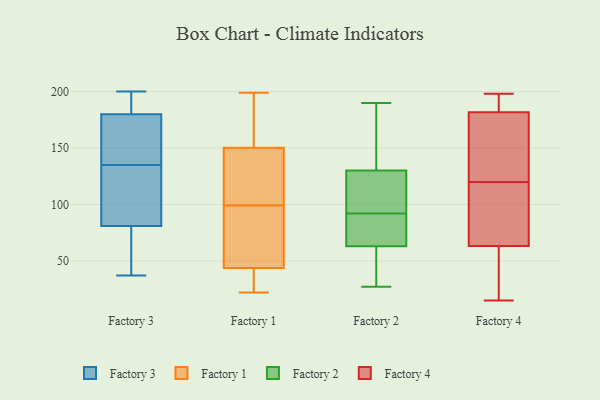
{"axis": {"x": "Tickets Resolved", "y": "Value"}, "legend": ["Factory 1", "Factory 2", "Factory 3", "Factory 4"], "data": [{"x": "", "y": 135, "type": "Factory 3"}, {"x": "", "y": 74, "type": "Factory 3"}, {"x": "", "y": 37, "type": "Factory 3"}, {"x": "", "y": 119, "type": "Factory 3"}, {"x": "", "y": 185, "type": "Factory 3"}, {"x": "", "y": 181, "type": "Factory 3"}, {"x": "", "y": 125, "type": "Factory 3"}, {"x": "", "y": 152, "type": "Factory 3"}, {"x": "", "y": 200, "type": "Factory 3"}, {"x": "", "y": 99, "type": "Factory 3"}, {"x": "", "y": 146, "type": "Factory 3"}, {"x": "", "y": 177, "type": "Factory 3"}, {"x": "", "y": 75, "type": "Factory 3"}, {"x": "", "y": 188, "type": "Factory 3"}, {"x": "", "y": 39, "type": "Factory 3"}, {"x": "", "y": 104, "type": "Factory 1"}, {"x": "", "y": 147, "type": "Factory 1"}, {"x": "", "y": 80, "type": "Factory 1"}, {"x": "", "y": 99, "type": "Factory 1"}, {"x": "", "y": 91, "type": "Factory 1"}, {"x": "", "y": 22, "type": "Factory 1"}, {"x": "", "y": 23, "type": "Factory 1"}, {"x": "", "y": 75, "type": "Factory 1"}, {"x": "", "y": 47, "type": "Factory 1"}, {"x": "", "y": 141, "type": "Factory 1"}, {"x": "", "y": 184, "type": "Factory 1"}, {"x": "", "y": 124, "type": "Factory 1"}, {"x": "", "y": 160, "type": "Factory 1"}, {"x": "", "y": 186, "type": "Factory 1"}, {"x": "", "y": 34, "type": "Factory 1"}, {"x": "", "y": 199, "type": "Factory 1"}, {"x": "", "y": 26, "type": "Factory 1"}, {"x": "", "y": 48, "type": "Factory 2"}, {"x": "", "y": 90, "type": "Factory 2"}, {"x": "", "y": 27, "type": "Factory 2"}, {"x": "", "y": 94, "type": "Factory 2"}, {"x": "", "y": 63, "type": "Factory 2"}, {"x": "", "y": 97, "type": "Factory 2"}, {"x": "", "y": 111, "type": "Factory 2"}, {"x": "", "y": 63, "type": "Factory 2"}, {"x": "", "y": 104, "type": "Factory 2"}, {"x": "", "y": 69, "type": "Factory 2"}, {"x": "", "y": 190, "type": "Factory 2"}, {"x": "", "y": 149, "type": "Factory 2"}, {"x": "", "y": 57, "type": "Factory 2"}, {"x": "", "y": 190, "type": "Factory 2"}, {"x": "", "y": 83, "type": "Factory 2"}, {"x": "", "y": 157, "type": "Factory 2"}, {"x": "", "y": 54, "type": "Factory 4"}, {"x": "", "y": 191, "type": "Factory 4"}, {"x": "", "y": 153, "type": "Factory 4"}, {"x": "", "y": 15, "type": "Factory 4"}, {"x": "", "y": 120, "type": "Factory 4"}, {"x": "", "y": 64, "type": "Factory 4"}, {"x": "", "y": 154, "type": "Factory 4"}, {"x": "", "y": 70, "type": "Factory 4"}, {"x": "", "y": 198, "type": "Factory 4"}, {"x": "", "y": 193, "type": "Factory 4"}, {"x": "", "y": 63, "type": "Factory 4"}]}